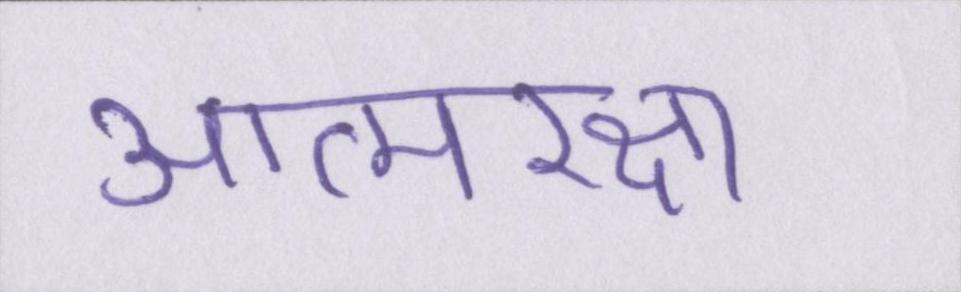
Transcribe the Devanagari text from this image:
आत्मरक्षा